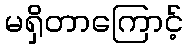
မရှိတာကြောင့်